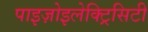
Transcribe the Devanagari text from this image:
पाइज़ोइलेक्ट्रिसिटी